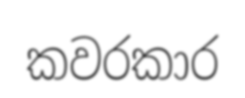
කවරකාර